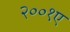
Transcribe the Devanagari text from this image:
२००१ए